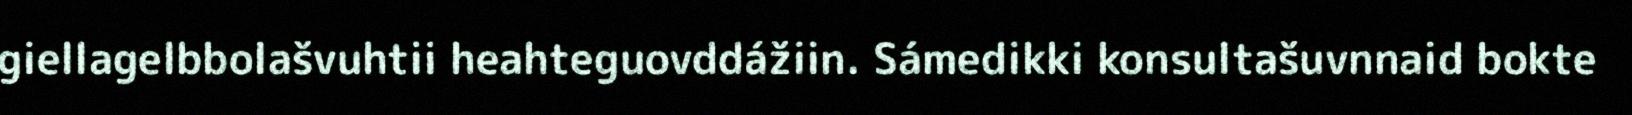
giellagelbbolašvuhtii heahteguovddážiin. Sámedikki konsultašuvnnaid bokte